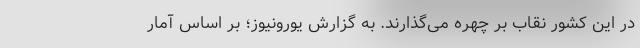
در این کشور نقاب بر چهره می‌گذارند. به گزارش یورونیوز؛ بر اساس آمار